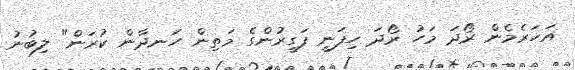
އަހަރެމެން ރޯދަ މަހު ރޯދަ ހިފަނީ ފަގީރުންގެ މަތިން ހަނދާން ކުރަން" ލިބުނު